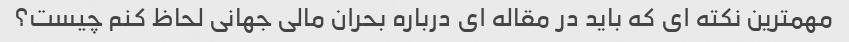
مهمترین نکته ای که باید در مقاله ای درباره بحران مالی جهانی لحاظ کنم چیست؟